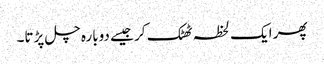
پھر ایک لحظہ ٹھٹک کر جیسے دوبارہ چل پڑتا۔